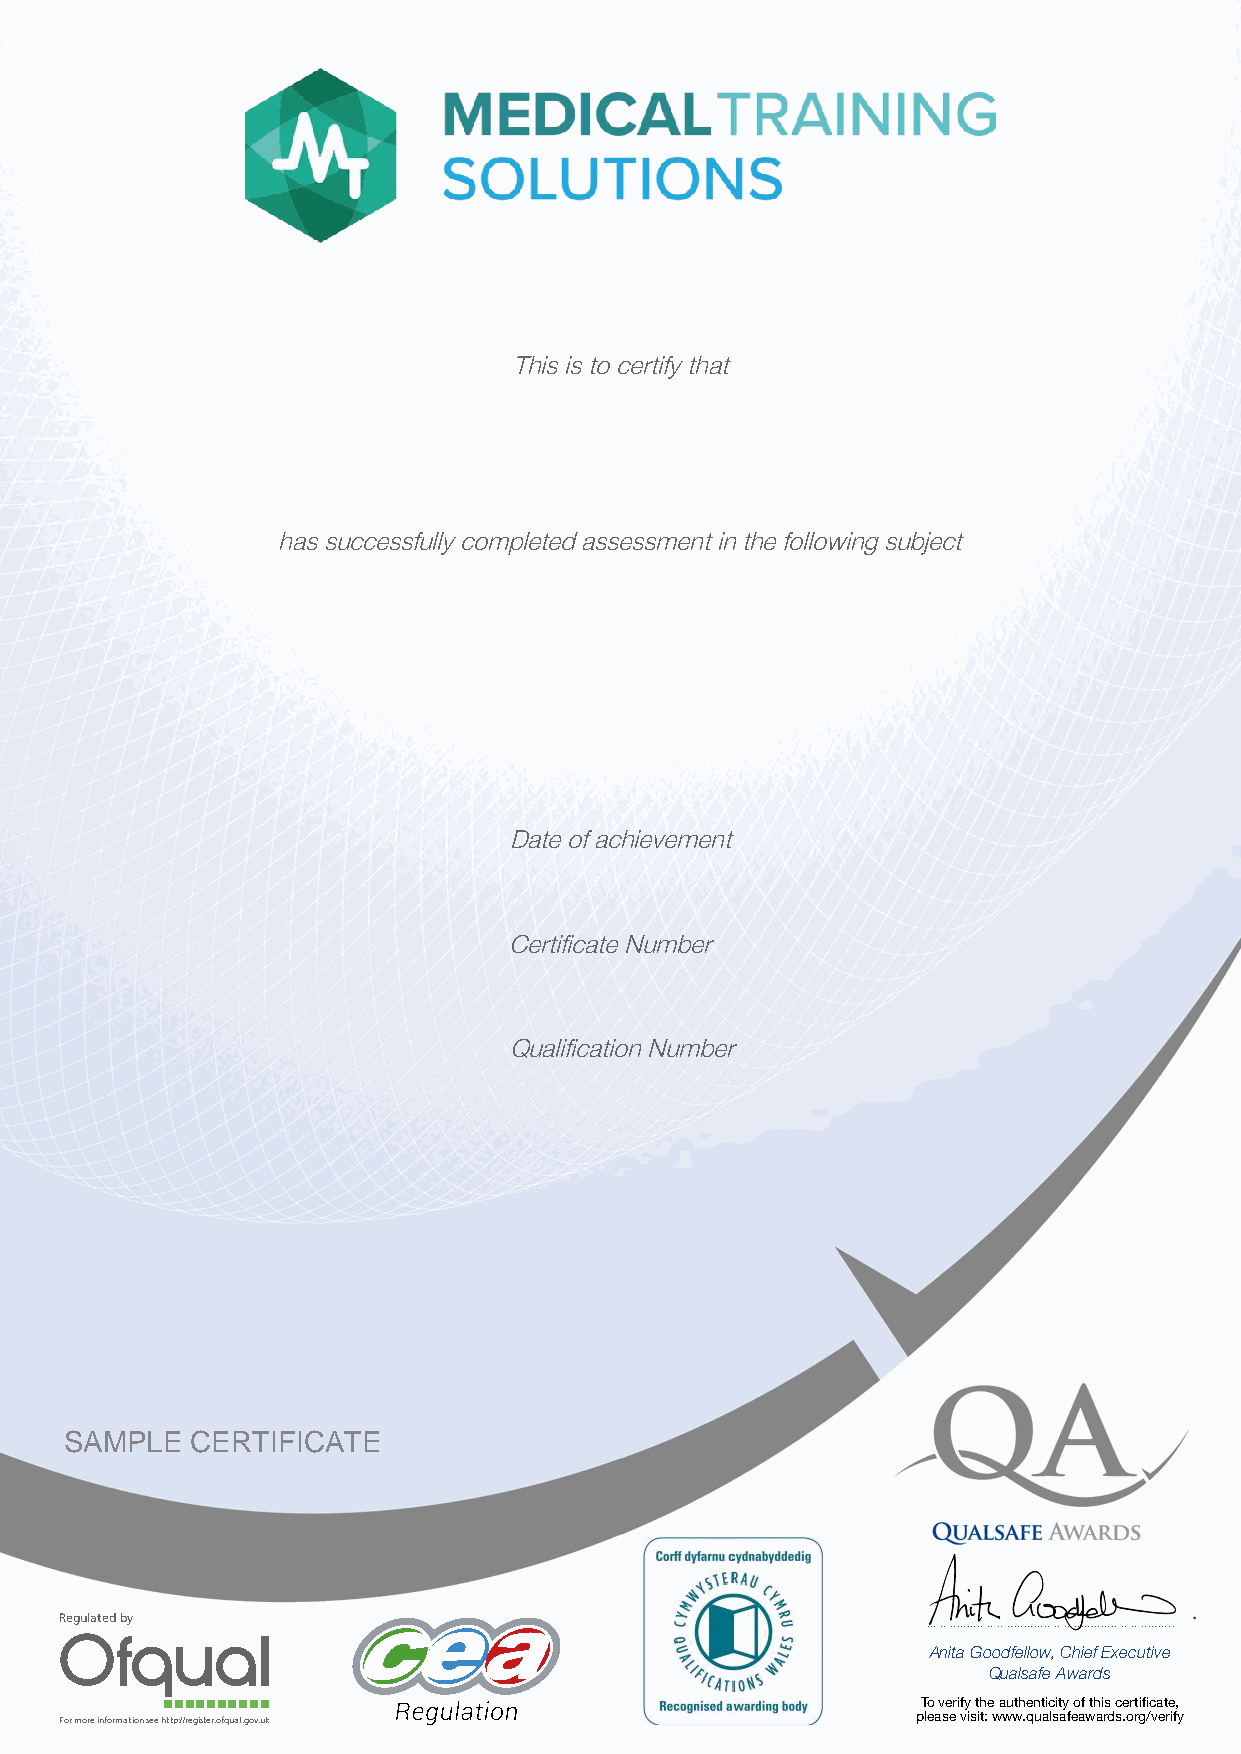
This is to certify that
 has successfully completed assessment in the following subject
 Date of achievement
 Certificate Number
 Qualification Number
 SAMPLE   CERTIFICATE
 Regulated by
 Anita Goodfellow, Chief Executive
 Qualsafe Awards
 To verify the authenticity of this certificate,
 For more information see http://register.ofqual.gov.uk   please visit: www.qualsafeawards.org/verify